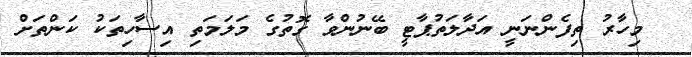
މިހާރު ތިފެންނަނީ އަދާލަތުޕާޓީ ބޭނުންވާ ގޮތުގެ މަލަމަތި އިސާހިތަކު ކަންތަށް